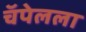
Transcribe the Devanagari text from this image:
चॅपेलला